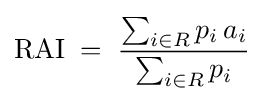
\mathrm {RAI} \;=\;{\frac {\sum _{i\in R}p_{i}\,a_{i}}{\sum _{i\in R}p_{i}}}